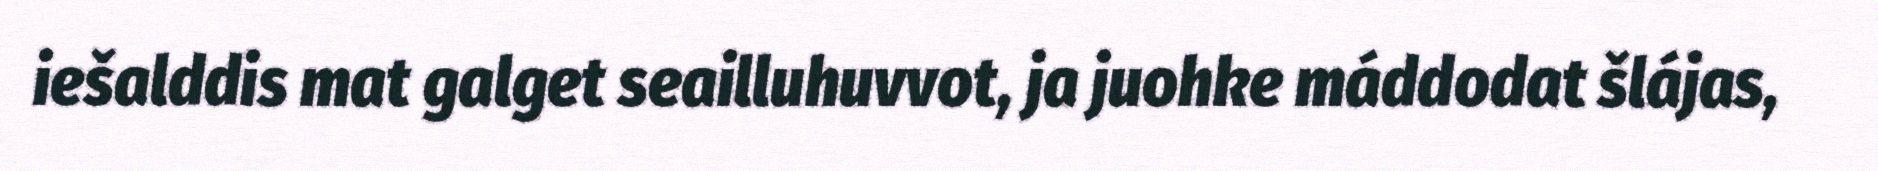
iešalddis mat galget seailluhuvvot, ja juohke máddodat šlájas,